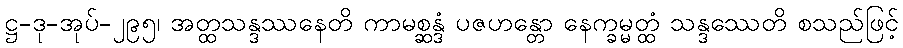
ဋ္ဌ-ဒု-အုပ်-၂၉၅၊ အတ္ထသန္ဒဿနေတိ ကာမစ္ဆန္ဒံ ပဇဟန္တော နေက္ခမ္မတ္ထံ သန္ဒဿေတိ စသည်ဖြင့်